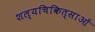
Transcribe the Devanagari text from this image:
शल्यचिकित्साओं